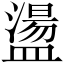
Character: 盪